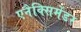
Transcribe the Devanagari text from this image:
एनैक्सिमेंडर